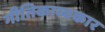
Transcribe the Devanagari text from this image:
गीतिकाव्यकार